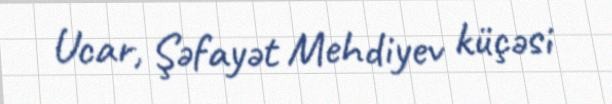
Ucar, Şəfayət Mehdiyev küçəsi